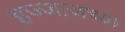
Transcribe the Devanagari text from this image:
हज्जाजच्या